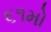
૬૧મો